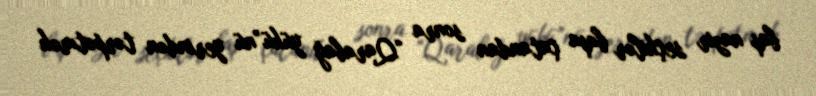
baş nazir seçkilər başa çatandan sonra “Qarabağ yükü”nü yerindən tərpətmək